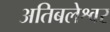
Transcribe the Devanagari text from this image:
अतिबलेश्वर